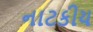
નાટકીય